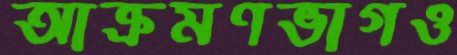
আক্রমণভাগও